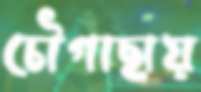
চৌগাছায়